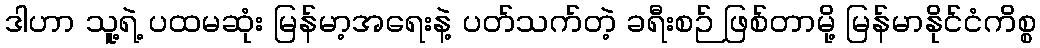
ဒါဟာ သူ့ရဲ့ ပထမဆုံး မြန်မာ့အရေးနဲ့ ပတ်သက်တဲ့ ခရီးစဉ် ဖြစ်တာမို့ မြန်မာနိုင်ငံကိစ္စ